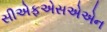
સીએફએસએએન